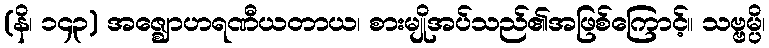
(နိ၊ ၁၄၃) အဇ္ဈောဟရဏီယတာယ၊ စားမျိုအပ်သည်၏အဖြစ်ကြောင့်။ သဗ္ဗမ္ပိ၊